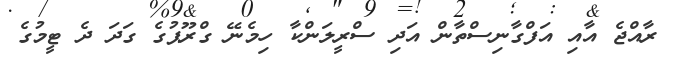
ރާއްޖެ އާއި އަފްގާނިސްތާން އަދި ސްރީލަންކާ ހިމެނޭ ގްރޫޕުގެ ގަދަ ދެ ޓީމުގެ